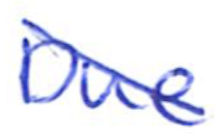
Text: Due
Cross-out: diagonal
Writing tool: ballpoint